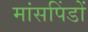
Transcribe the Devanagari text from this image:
मांसपिंडों